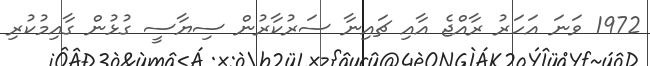
1972 ވަނަ އަހަރު ރާއްޖެ އާއި ޗައިނާ ސަރުކާރުން ސިޔާސީ ގުޅުން ގާއިމުކުރި